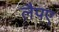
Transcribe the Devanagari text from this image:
लैपए